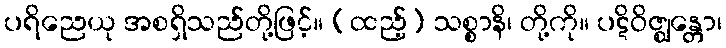
ပရိညေယု အစရှိသည်တို့ဖြင့်။ (ထည့်) သစ္စာနိ၊ တို့ကို။ ပဋိဝိဇ္ဈန္တော၊